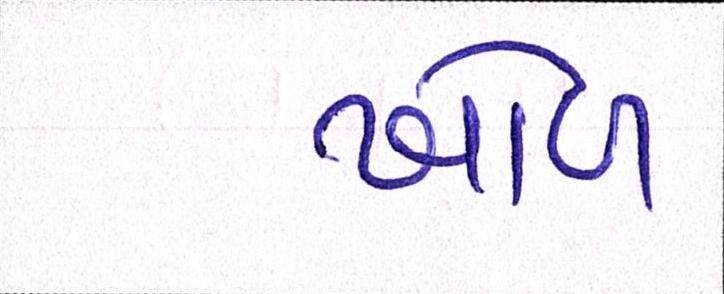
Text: ખોળ